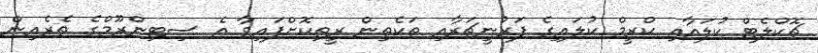
ޗޮކްލެޓް ކުލައާއި ކްރީމް ކުލައިގެ ފަރުނީޗަރާއި ތަކެތިން ރީތިކޮށްފައިވާ އެ ސިޓިންރޫމްގެ ތެރެއިން